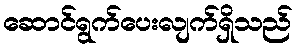
ဆောင်ရွက်ပေးလျက်ရှိသည်